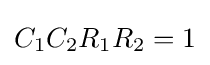
C_{1}C_{2}R_{1}R_{2}=1